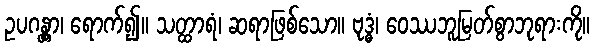
ဥပဂန္တွာ၊ ရောက်၍။ သတ္ထာရံ၊ ဆရာဖြစ်သော။ ဗုဒ္ဓံ၊ ဝေဿဘူမြတ်စွာဘုရားကို။